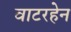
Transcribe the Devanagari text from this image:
वाटरहेन